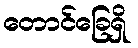
တောင်ခြေရှိ